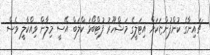
ޗައިނާގެ ކުންފުންޏަކަށް އިޓަލީގެ މަޝްހޫރު ފުޓްބޯޅަ ކްލަބް އޭސީ މިލާން ވިއްކާލީ ވެސް